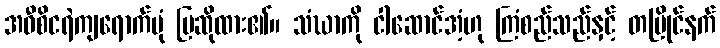
အဝီစိငရဲကျရောက်ပုံ ပြဆိုထား၏။ သံဃာကို ငါဆောင်အံ့ဟု ကြံစည်သည်နှင့် တပြိုင်နက်